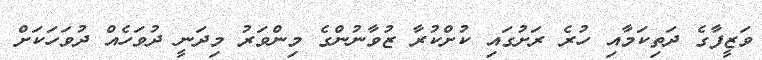
ވަޒީފާގެ ދަތިކަމާއި ހުރެ ރަށުގައި ކުށްކުރާ ޒުވާނުންގެ މިންވަރު މިދަނީ ދުވަހެއް ދުވަހަކަށް